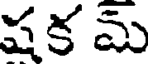
షక మ్